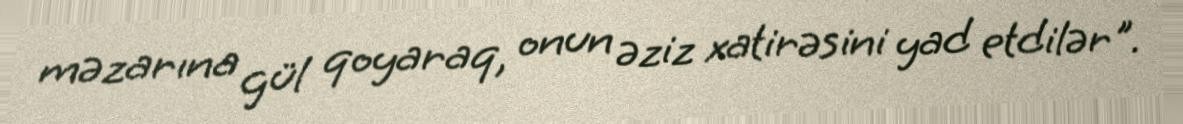
məzarına gül qoyaraq, onun əziz xatirəsini yad etdilər".